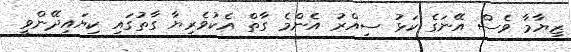
ޒިޔާމާ ވެސް އޭނަގެ ކަޅު ސިއްރު އެންމެ ގާތް އެކުވެރިޔާ ގާތުގައި ކިޔައިދޭންވީ